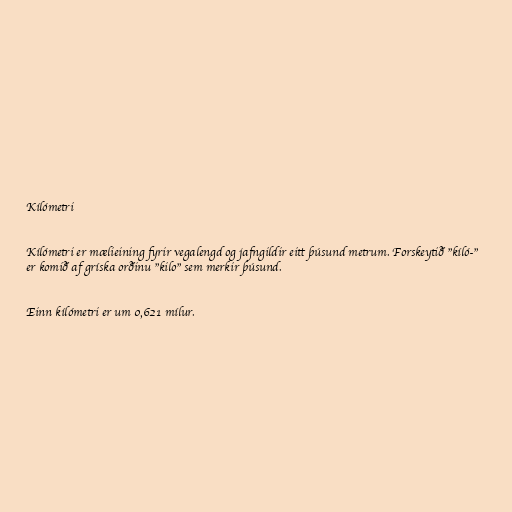
Kílómetri

Kílómetri er mælieining fyrir vegalengd og jafngildir eitt þúsund metrum. Forskeytið "kíló-"
er komið af gríska orðinu "kilo" sem merkir þúsund.

Einn kílómetri er um 0,621 mílur.